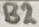
Text: B2